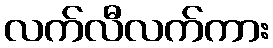
လက်လီလက်ကား